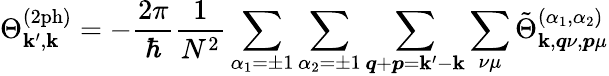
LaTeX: \Theta_{\boldsymbol{\mathbf{k}}^{\prime},\boldsymbol{\mathbf{k}}}^{(\mathrm{{2ph}})}=-\frac{{2\pi}}{{\hbar}}\frac{{1}}{{N^{2}}}\sum_{\alpha_{1}=\pm1}\sum_{\alpha_{2}=\pm1}\sum_{\boldsymbol{q}+\boldsymbol{p}=\boldsymbol{\mathbf{k}}^{\prime}-\boldsymbol{\mathbf{k}}}\sum_{\nu\mu}\tilde{{\Theta}}_{\boldsymbol{\mathbf{k}},\boldsymbol{q}\nu,\boldsymbol{p}\mu}^{(\alpha_{1},\alpha_{2})}